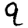
Digit: 9